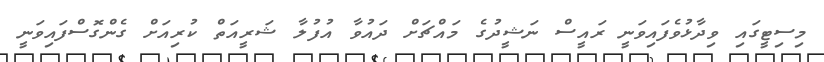
މިސިޓީގައި ވިދާޅުވެފައިވަނީ ރައީސް ނަޝީދުގެ މައްޗަށް ދައުވާ އުފުލާ ޝަރީއަތް ކުރިއަށް ގެންގޮސްފައިވަނީ